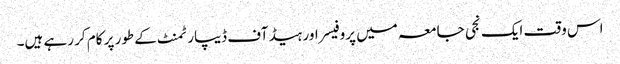
اس وقت ایک نجی جامعہ میں پروفیسر اور ہیڈ آف ڈیپارٹمنٹ کے طور پر کام کر رہے ہیں۔